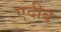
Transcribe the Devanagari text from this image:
एदीब